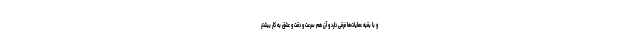
و با بقیه عملیات‌ها فرقی دارد و آن هم سرعت و دقت و عشق به کار بیشتر